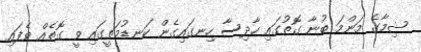
ޝިމާގެ މަންމަ ބުނާ ގޮތުގައި ހާދިސާ ހިނގައިގެން ކަނޑުމަތީގައި ވީ ގޮތެއް ވެފައި